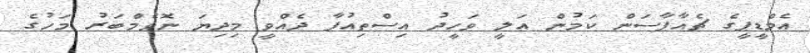
އެމްޑީޕީގެ ޗެއާޕާސަން ކަމުން އަލީ ވަހީދު އިސްތިއުފާ ދެއްވީ މިދިޔަ ނޮވެމްބަރު މަހުގެ